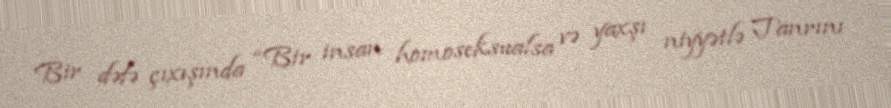
Bir dəfə çıxışında “Bir insan homoseksualsa və yaxşı niyyətlə Tanrını